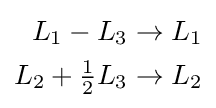
{\begin{aligned}L_{1}-L_{3}&\to L_{1}\\L_{2}+{\tfrac {1}{2}}L_{3}&\to L_{2}\end{aligned}}